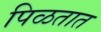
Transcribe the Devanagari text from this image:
पिळतात